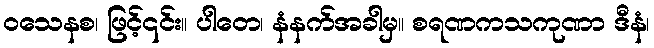
ဝသေနစ၊ ဖြင့်၎င်း။ ပါတေ၊ နံနက်အခါမှ။ စရဏကသကုဏာ ဒီနံ၊